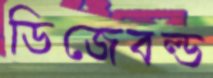
ডিজেবল্ড